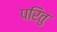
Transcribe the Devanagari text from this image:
परितु